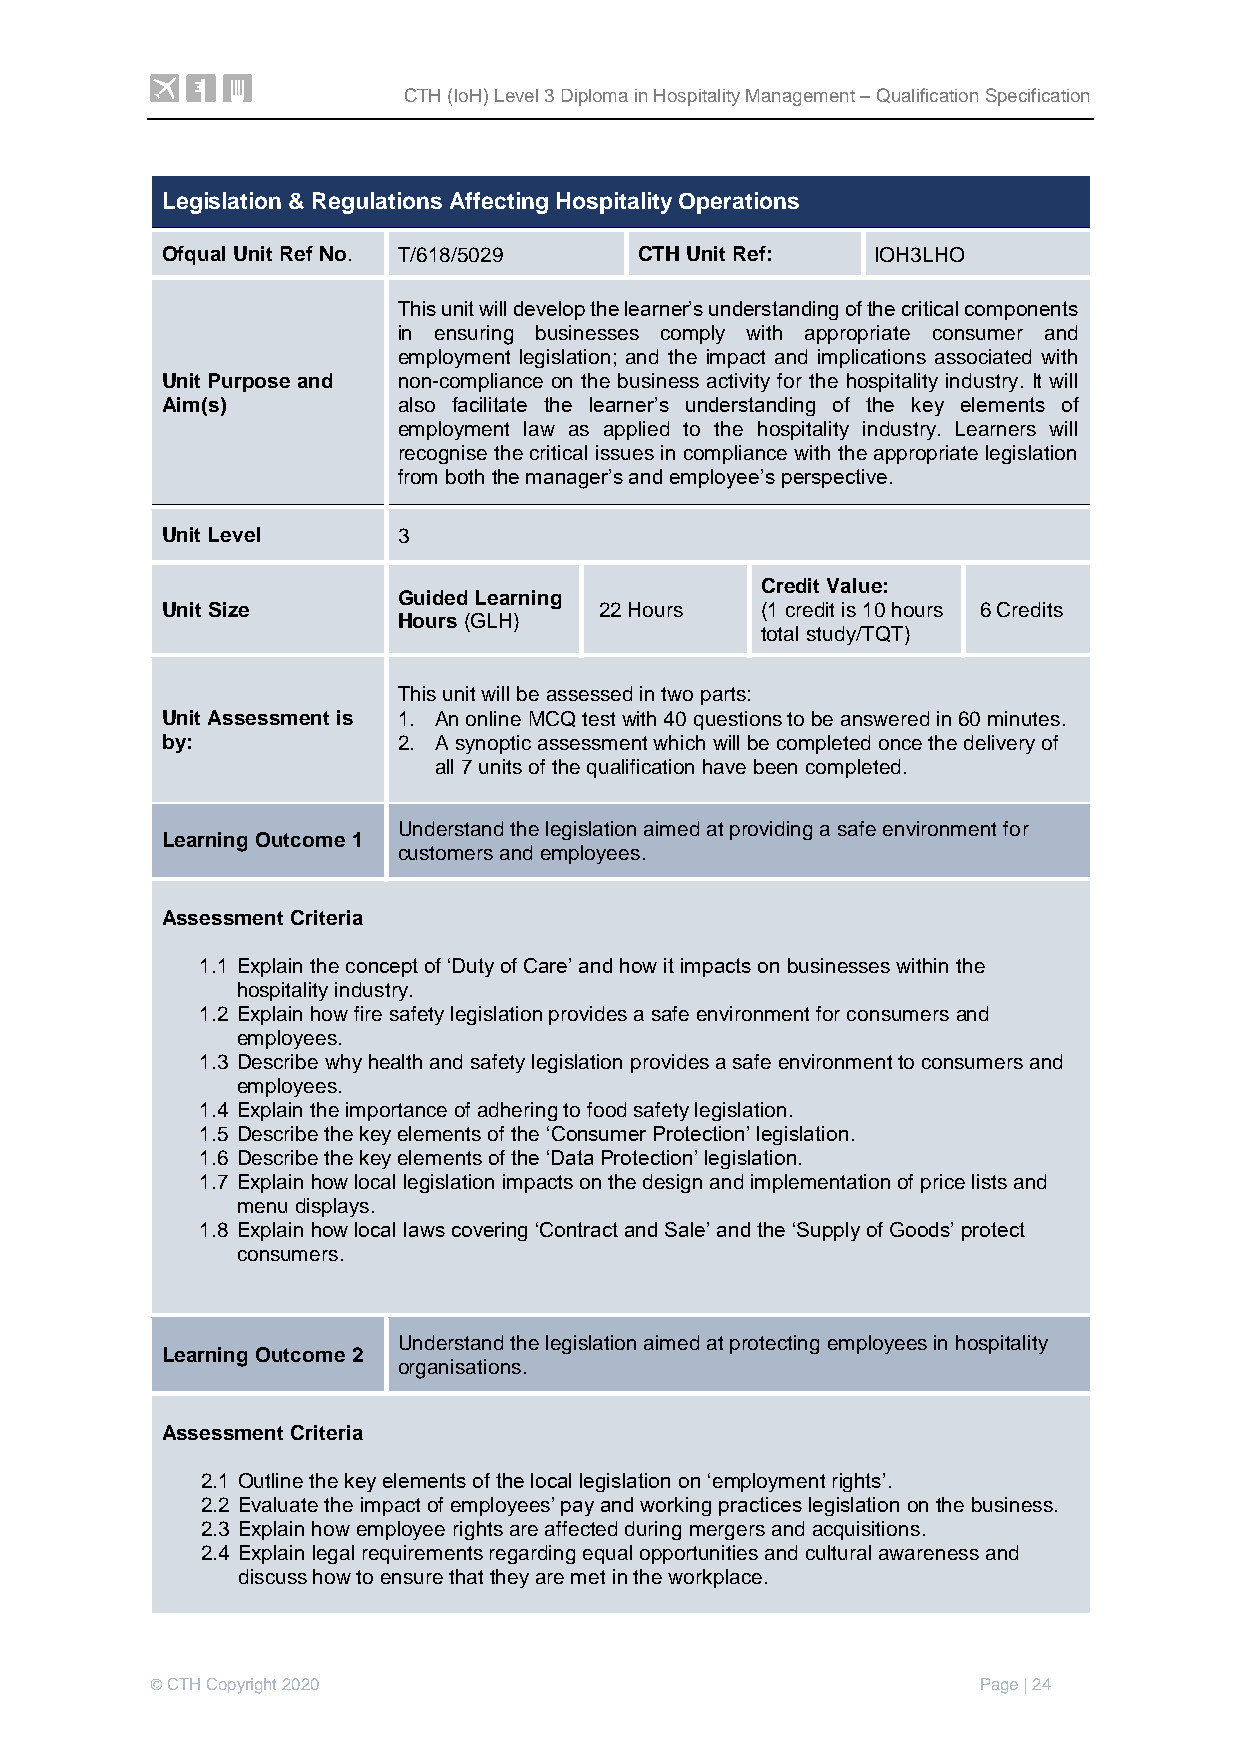
CTH (IoH) Level 3 Diploma in Hospitality Management – Qualification Specification
 Legislation & Regulations Affecting Hospitality Operations
 Ofqual Unit Ref No. T/618/5029 CTH Unit Ref:   IOH3LHO
 This unit will develop the learner’s understanding of the critical components
 in ensuring businesses comply with appropriate consumer and
 employment legislation; and the impact and implications associated with
 Unit Purpose and non-compliance on the business activity for the hospitality industry. It will
 Aim(s)         also facilitate the learner’s understanding of the key elements of
 employment law as applied to the hospitality industry. Learners will
 recognise the critical issues in compliance with the appropriate legislation
 from both the manager’s and employee’s perspective.
 Unit Level     3
 Credit Value:
 Guided Learning
 Unit Size                    22 Hours  (1 credit is 10 hours 6 Credits
 Hours (GLH)
 total study/TQT)
 This unit will be assessed in two parts:
 Unit Assessment is 1. An online MCQ test with 40 questions to be answered in 60 minutes.
 by:            2. A synoptic assessment which will be completed once the delivery of
 all 7 units of the qualification have been completed.
 Understand the legislation aimed at providing a safe environment for
 Learning Outcome 1
 customers and employees.
 Assessment Criteria
 1.1 Explain the concept of ‘Duty of Care’ and how it impacts on businesses within the
 hospitality industry.
 1.2 Explain how fire safety legislation provides a safe environment for consumers and
 employees.
 1.3 Describe why health and safety legislation provides a safe environment to consumers and
 employees.
 1.4 Explain the importance of adhering to food safety legislation.
 1.5 Describe the key elements of the ‘Consumer Protection’ legislation.
 1.6 Describe the key elements of the ‘Data Protection’ legislation.
 1.7 Explain how local legislation impacts on the design and implementation of price lists and
 menu displays.
 1.8 Explain how local laws covering ‘Contract and Sale’ and the ‘Supply of Goods’ protect
 consumers.
 Understand the legislation aimed at protecting employees in hospitality
 Learning Outcome 2
 organisations.
 Assessment Criteria
 2.1 Outline the key elements of the local legislation on ‘employment rights’.
 2.2 Evaluate the impact of employees’ pay and working practices legislation on the business.
 2.3 Explain how employee rights are affected during mergers and acquisitions.
 2.4 Explain legal requirements regarding equal opportunities and cultural awareness and
 discuss how to ensure that they are met in the workplace.
 © CTH Copyright 2020                                   Page | 24